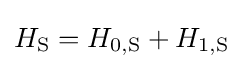
H_{\text{S}}=H_{0,{\text{S}}}+H_{1,{\text{S}}}